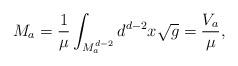
LaTeX: \begin{align*}M_{a} = \frac{1}{\mu} \int_{M_{a}^{d-2}} d^{d-2}x \sqrt{g} =\frac{V_{a}}{\mu}, \end{align*}